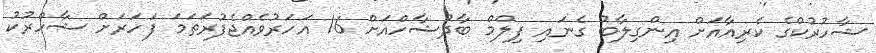
ޝާހުރުކްގެ ކެރިއާއަށް އިންގިލާބު ގެނައި ފިލްމް ބާދުޝާހްއަށް 16 އަހަރުވެއްޖެފުރަތަމަ ފަހަރަށް ޝާހްރުކު